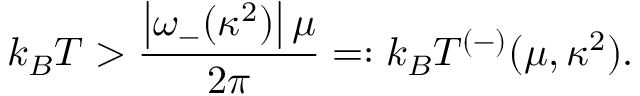
k _ { B } T > \frac { \left| \omega _ { - } ( \kappa ^ { 2 } ) \right| \mu } { 2 \pi } = : k _ { B } T ^ { ( - ) } ( \mu , \kappa ^ { 2 } ) .